Annual returns of the Patna Lunatic Asylum at Bankipore in Bihar and Orissa - 1912-1924
Year: 1912
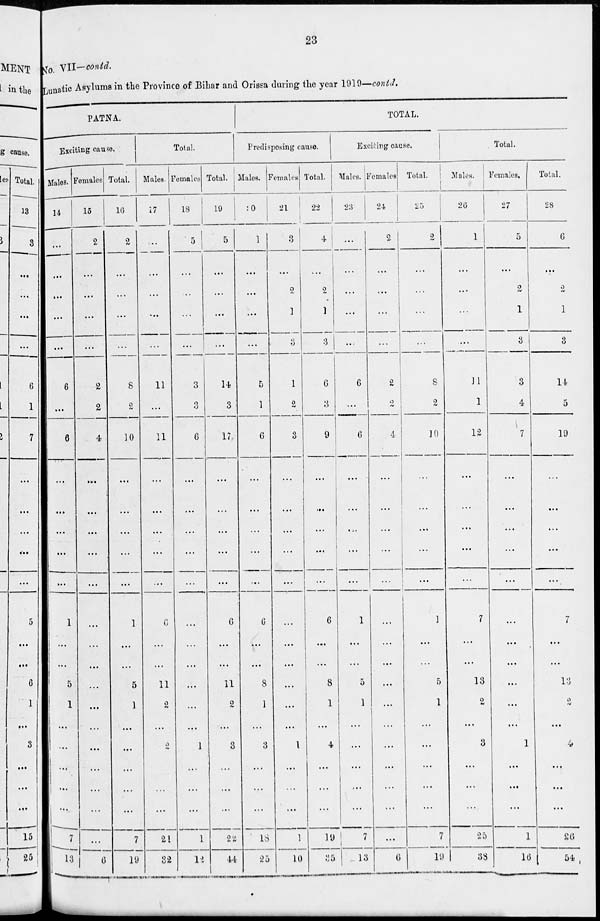
23
No. VII—contd.
Lunatic Asylums in the Province of Bihar and Orissa during the year 1919—contd.
PATNA.
Exciting cause.
Males.
14
...
...
...
...
...
6
....
6
...
...
...
...
...
1
...
...
5
1
...
...
...
...
...
7
13
Females
15
2
...
...
...
...
2
2
4
...
...
...
...
...
...
...
...
...
...
...
...
...
...
...
...
6
Total.
16
2
...
...
...
...
8
2
10
...
...
...
...
...
1
...
...
5
1
...
...
...
...
...
7
19
Total.
Males.
17
...
...
...
...
...
11
...
11
...
...
...
...
...
6
...
...
11
2
...
2
...
...
...
21
32
Females.
18
5
...
...
...
...
3
3
6
...
...
...
...
...
...
...
...
...
...
...
1
...
...
...
1
12
Total.
19
5
...
...
...
...
14
3
17
...
...
...
...
...
6
...
...
11
2
...
3
...
...
...
22
44
TOTAL.
Predisposing cause.
Males.
20
1
...
...
...
...
5
1
6
...
...
...
...
...
6
...
...
8
1
...
3
...
...
...
18
25
Females
21
3
...
2
1
3
1
2
3
...
...
...
...
...
...
...
...
...
...
...
1
...
...
...
1
10
Total.
22
4
...
2
1
3
6
3
9
...
...
...
...
...
6
...
...
8
1
...
4
...
...
...
19
35
Exciting cause.
Males.
23
...
...
...
...
...
6
...
6
...
...
...
...
...
1
...
...
5
1
...
...
...
...
...
7
13
Females
24
2
...
...
...
...
2
2
4
...
...
...
...
...
...
...
...
...
...
...
...
...
...
...
...
6
Total.
25
2
...
...
...
...
8
2
10
...
...
...
...
...
1
...
...
5
1
...
...
...
...
...
7
19
Total.
Males.
26
1
...
...
...
...
11
1
12
...
...
...
...
...
7
...
...
13
2
...
3
...
...
...
25
38
Females.
27
5
...
2
1
3
3
4
7
...
...
...
...
...
...
...
...
...
...
...
1
...
...
...
1
16
Total.
28
6
...
2
1
3
14
5
19
...
...
...
...
...
7
...
...
13
2
...
4
...
...
...
26
54